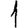
Digit: 1